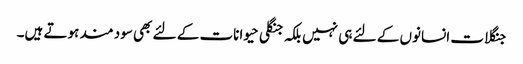
جنگلات انسانوں کے لئے ہی نہیں بلکہ جنگلی حیوانات کے لئے بھی سود مند ہوتے ہیں۔